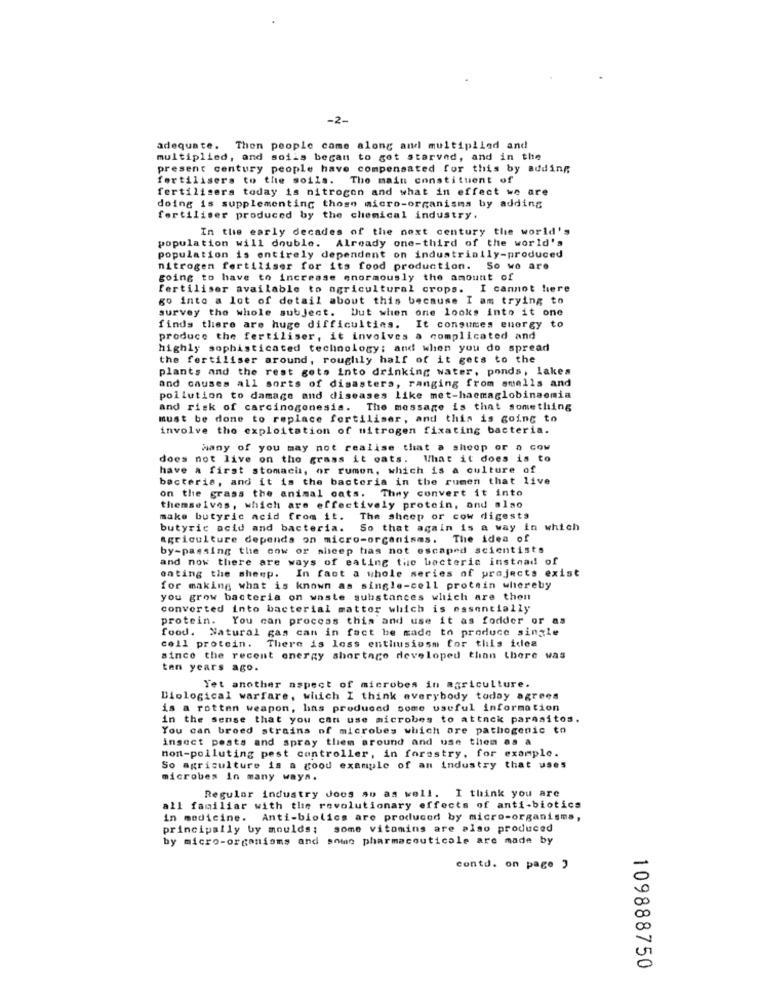
-2-
adequate. Then people came along and multiplied and
multiplied, and soiis began to get starved, and in the
present century people have compensated for this by adding
fertilisers to the soils. The main constituent of
fertilisers today is nitrogen and what in effect we are
doing is supplementing those micro-organisms by adding
fertiliser produced by the chemical industry.
In the early decades of the next century the world's
population will double. Already one-third of the world's
population is entirely dependent on industrially-produced
nitrogen fertiliser for its food production. So we are
going to have to increase enormously the amount of
fertiliser available to agricultural crops. I cannot here
go into a lot of detail about this because I am trying to
survey the whole subject. but when one looks into it one
finds there are huge difficulties. It consumes euergy to
produce the fertiliser, it involves a complicated and
highly sophisticated technology; and when you do spread
the fertiliser around, roughly half of it gets to the
plants and the rest gets into drinking water, ponds, lakes
and causes all sorts of disasters, ranging from smells and
pollution to damage and diseases like met-haemaglobinaemia
and risk of carcinogenesis. The message is that something
must be done to replace fortiliser, and this is going to
involve the exploitation of nitrogen fixating bacteria.
wany of you may not realise that a shoop or a cow
does not live on the grass it oats. What it does is to
have a first stomach, or rumon, which is a culture of
bacteria, and it is the bacteria in the rumen that live
on the grass the animal oats. They convert it into
themselves, which are effectively protein, and also
make butyric acid from it.
The sheep or cow digests
butyric acid and bacteria. So that again is a way in which
agriculture depends on micro-organisms. The idea of
by-passing the cow or sheep has not escaped scientists
and now there are ways of eating the bacteric instead of
eating the sheep. In fact a whole series of projects exist
for making what is known as single-cell protein whereby
you grow bacteria on waste substances which are then
converted into bacterial matter which is essentially
protein. You can process this and use it as fodder or as
food. Natural gas can in fact be made to produce single
cell protein. There is less enthusiasm for this idea
since the recent energy shortage developed than there was
ten years ago.
Yet another aspect of microbes in agriculture.
Biological warfare, which I think everybody today agrees
is a rotten weapon, has produced some useful information
in the sense that you can use microbes to attack parmaitos.
You can broed strains of microbes which are pathogenic to
insect posts and spray them around and use them as a
non-polluting pest controller, in forastry, for example.
So agriculture is a good example of an industry that uses
microbes In many ways.
Regular industry does so as well. I think you are
all familiar with the revolutionary effects of anti-biotics
in medicine. Anti-biolics are produced by micro-organisms,
principally by moulds; some vitamins are also produced
by micro-organisms and some pharmaceuticale are made by
contd. on page "
109888750